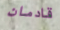
قادمان